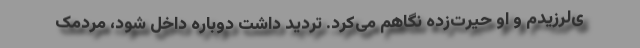
ی‌لرزیدم و او حیرت‌زده نگاهم می‌کرد. تردید داشت دوباره داخل شود، مردمک